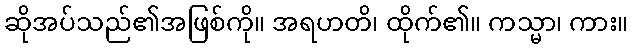
ဆိုအပ်သည်၏အဖြစ်ကို။ အရဟတိ၊ ထိုက်၏။ ကသ္မာ၊ ကား။